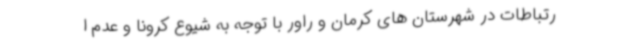
رتباطات در شهرستان های کرمان و راور با توجه به شیوع کرونا و عدم ا